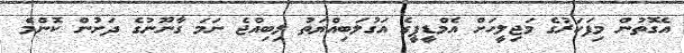
އެގޮތުން މިފަހަރުގެ މަޖިލީހަށް އެމްޑީޕީގެ އަގުލަބިއްޔަތު ލިބިއްޖެ ނަމަ ގާނޫނުގެ ދަށުން ކޮންމެ